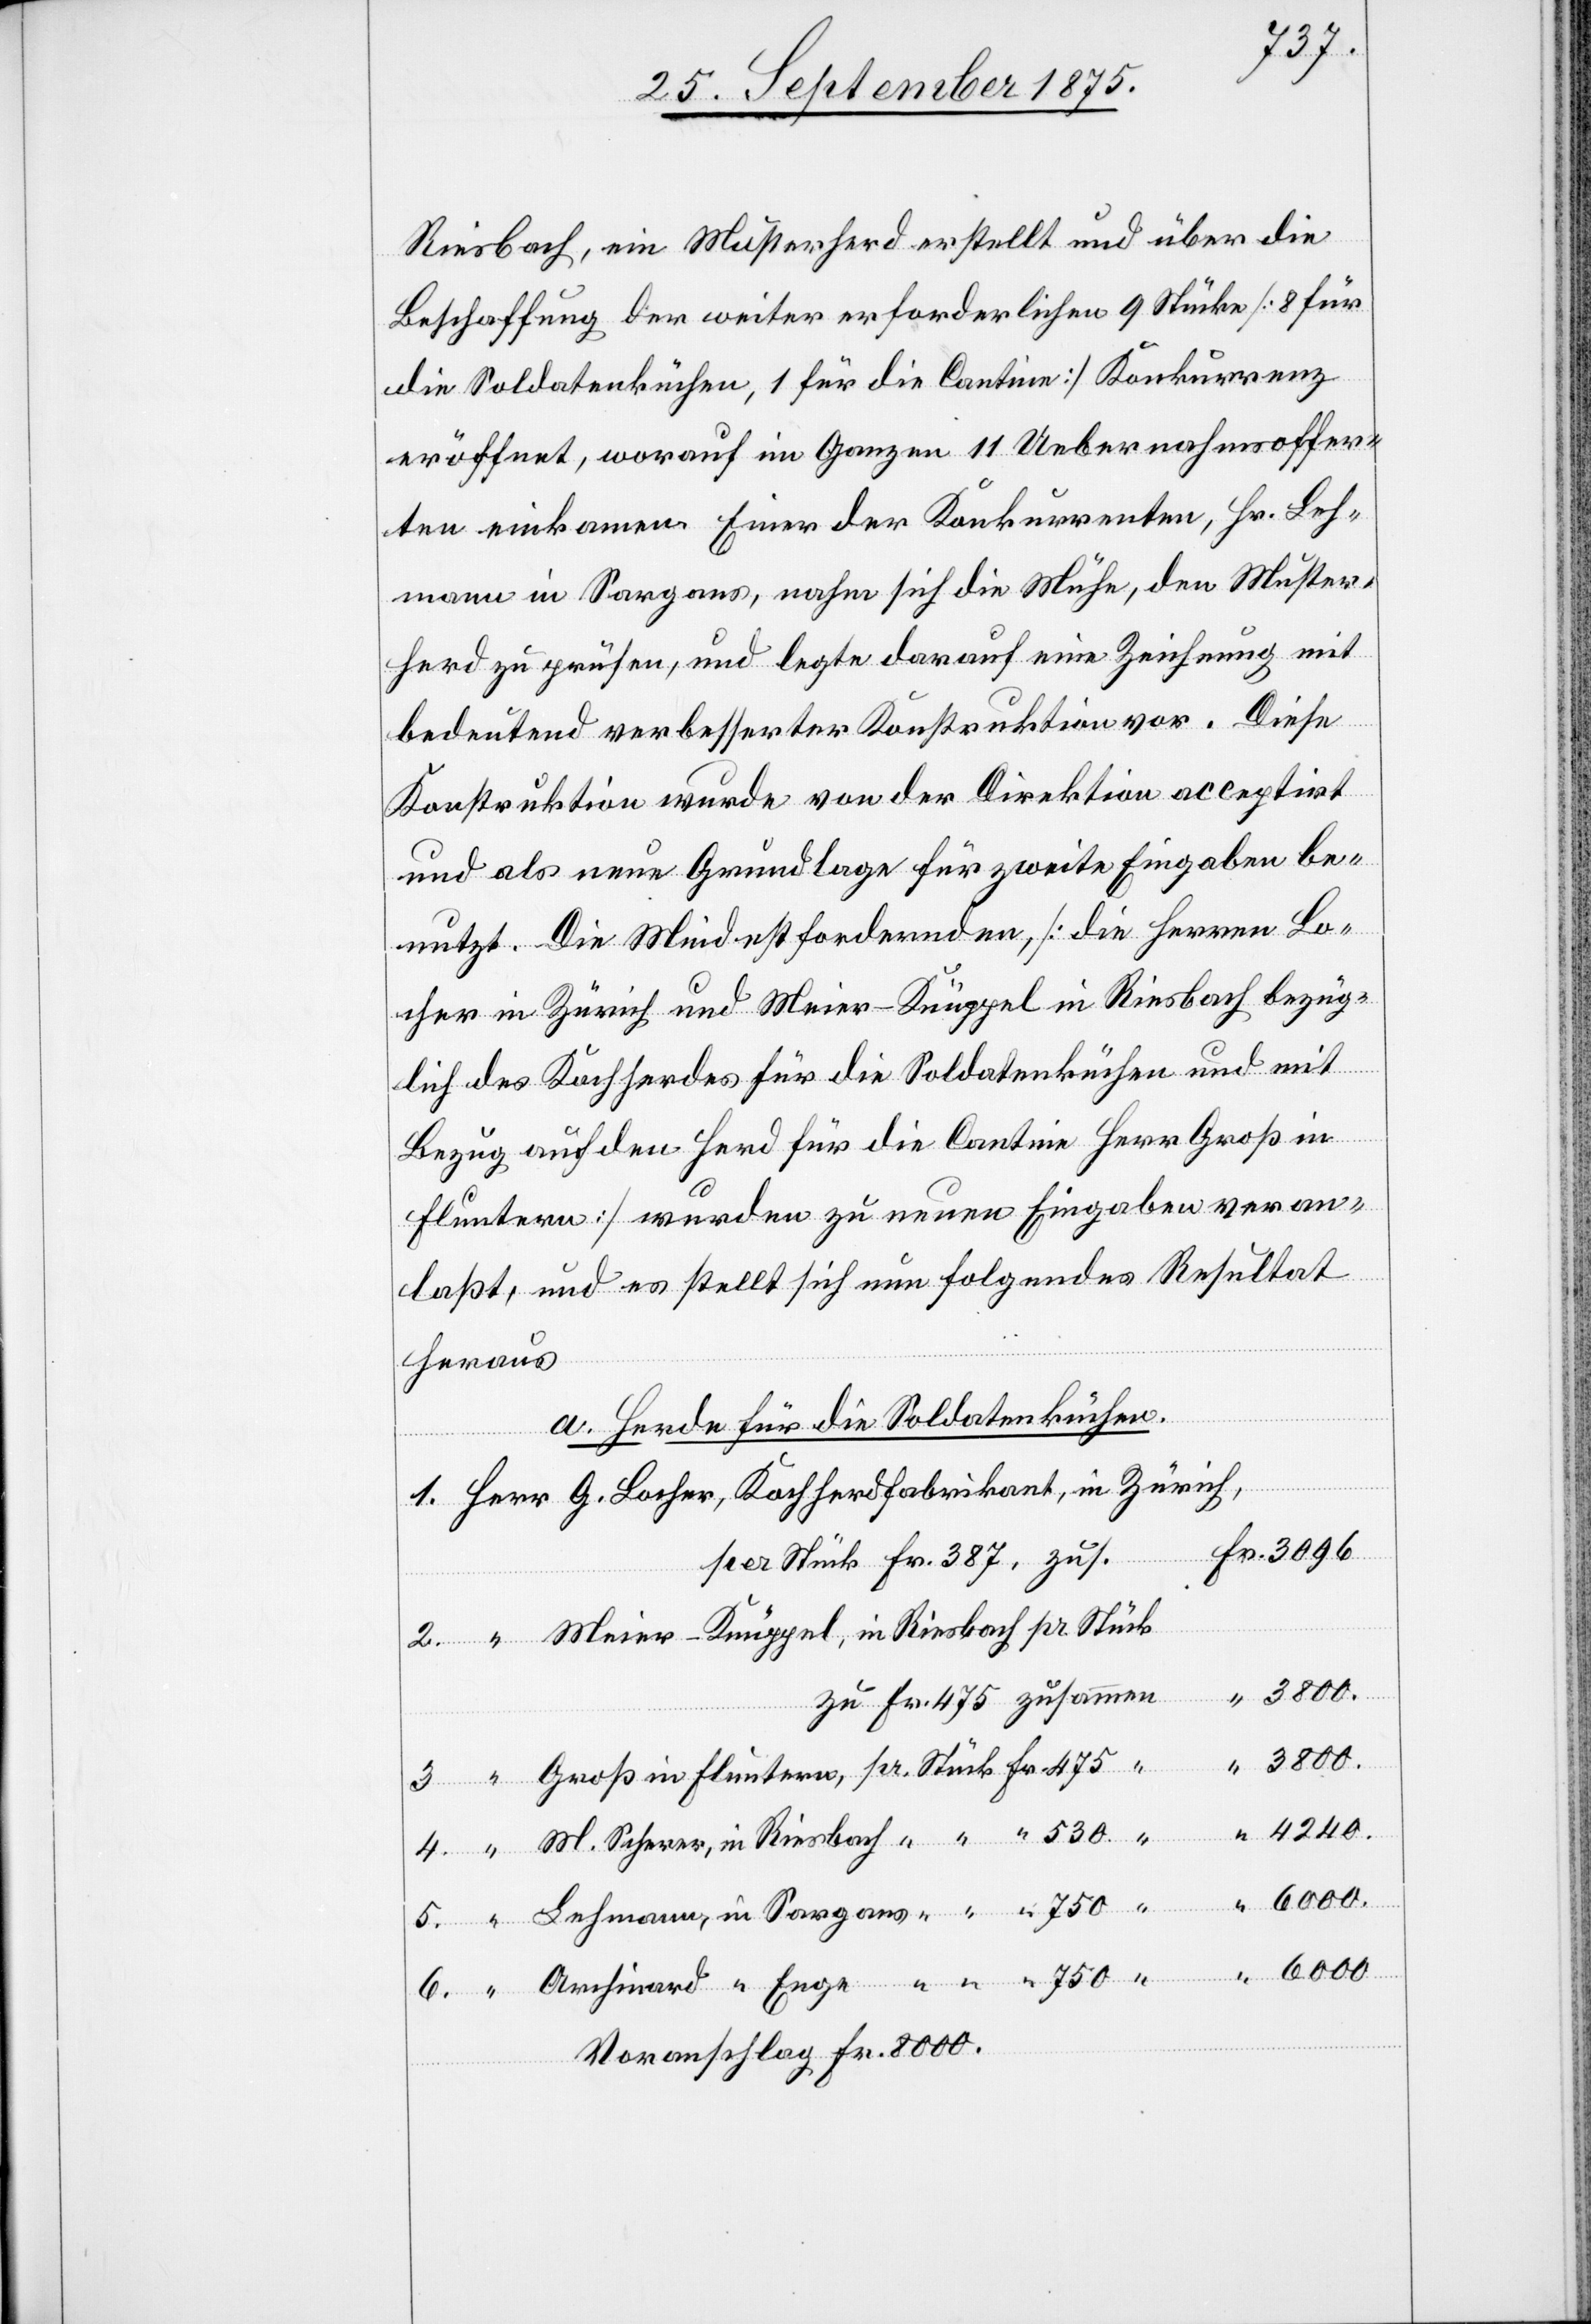
387,
Riesbach, ein Musterherd erstellt und über die
Beschaffung der weiter erforderlichen 9 Stücke [8 für
die Soldatenküchen, 1 für die Cantine] Konkurrenz
eröffnet, worauf im Ganzen 11 Uebernahmsoffer¬
ten einkamen. Einer der Konkurrenten, Hr. Leh¬
mann in Sargans, nahm sich die Mühe, den Muster¬
herd zu prüfen, und legte darauf eine Zeichnung mit
bedeutend verbesserter Konstruktion vor. Diese
Konstruktion wurde von der Direktion acceptirt
und als neue Grundlage für zweite Eingaben be¬
nutzt. Die Mindestfordernden, [die Herren Lo¬
cher in Zürich und Meier-Knüppel in Riesbach bezüg¬
lich des Kochherdes für die Soldatenküchen und mit
Bezug auf den Herd für die Cantine Herr Groß in
Fluntern] wurden zu neuen Eingaben veran¬
laßt, und es stellt sich nun folgendes Resultat
heraus[:]
a. Herde für die Soldatenküchen.
Lehmann,
Enge
“
3800.
4240.
Voranschlag Fr. 8000.